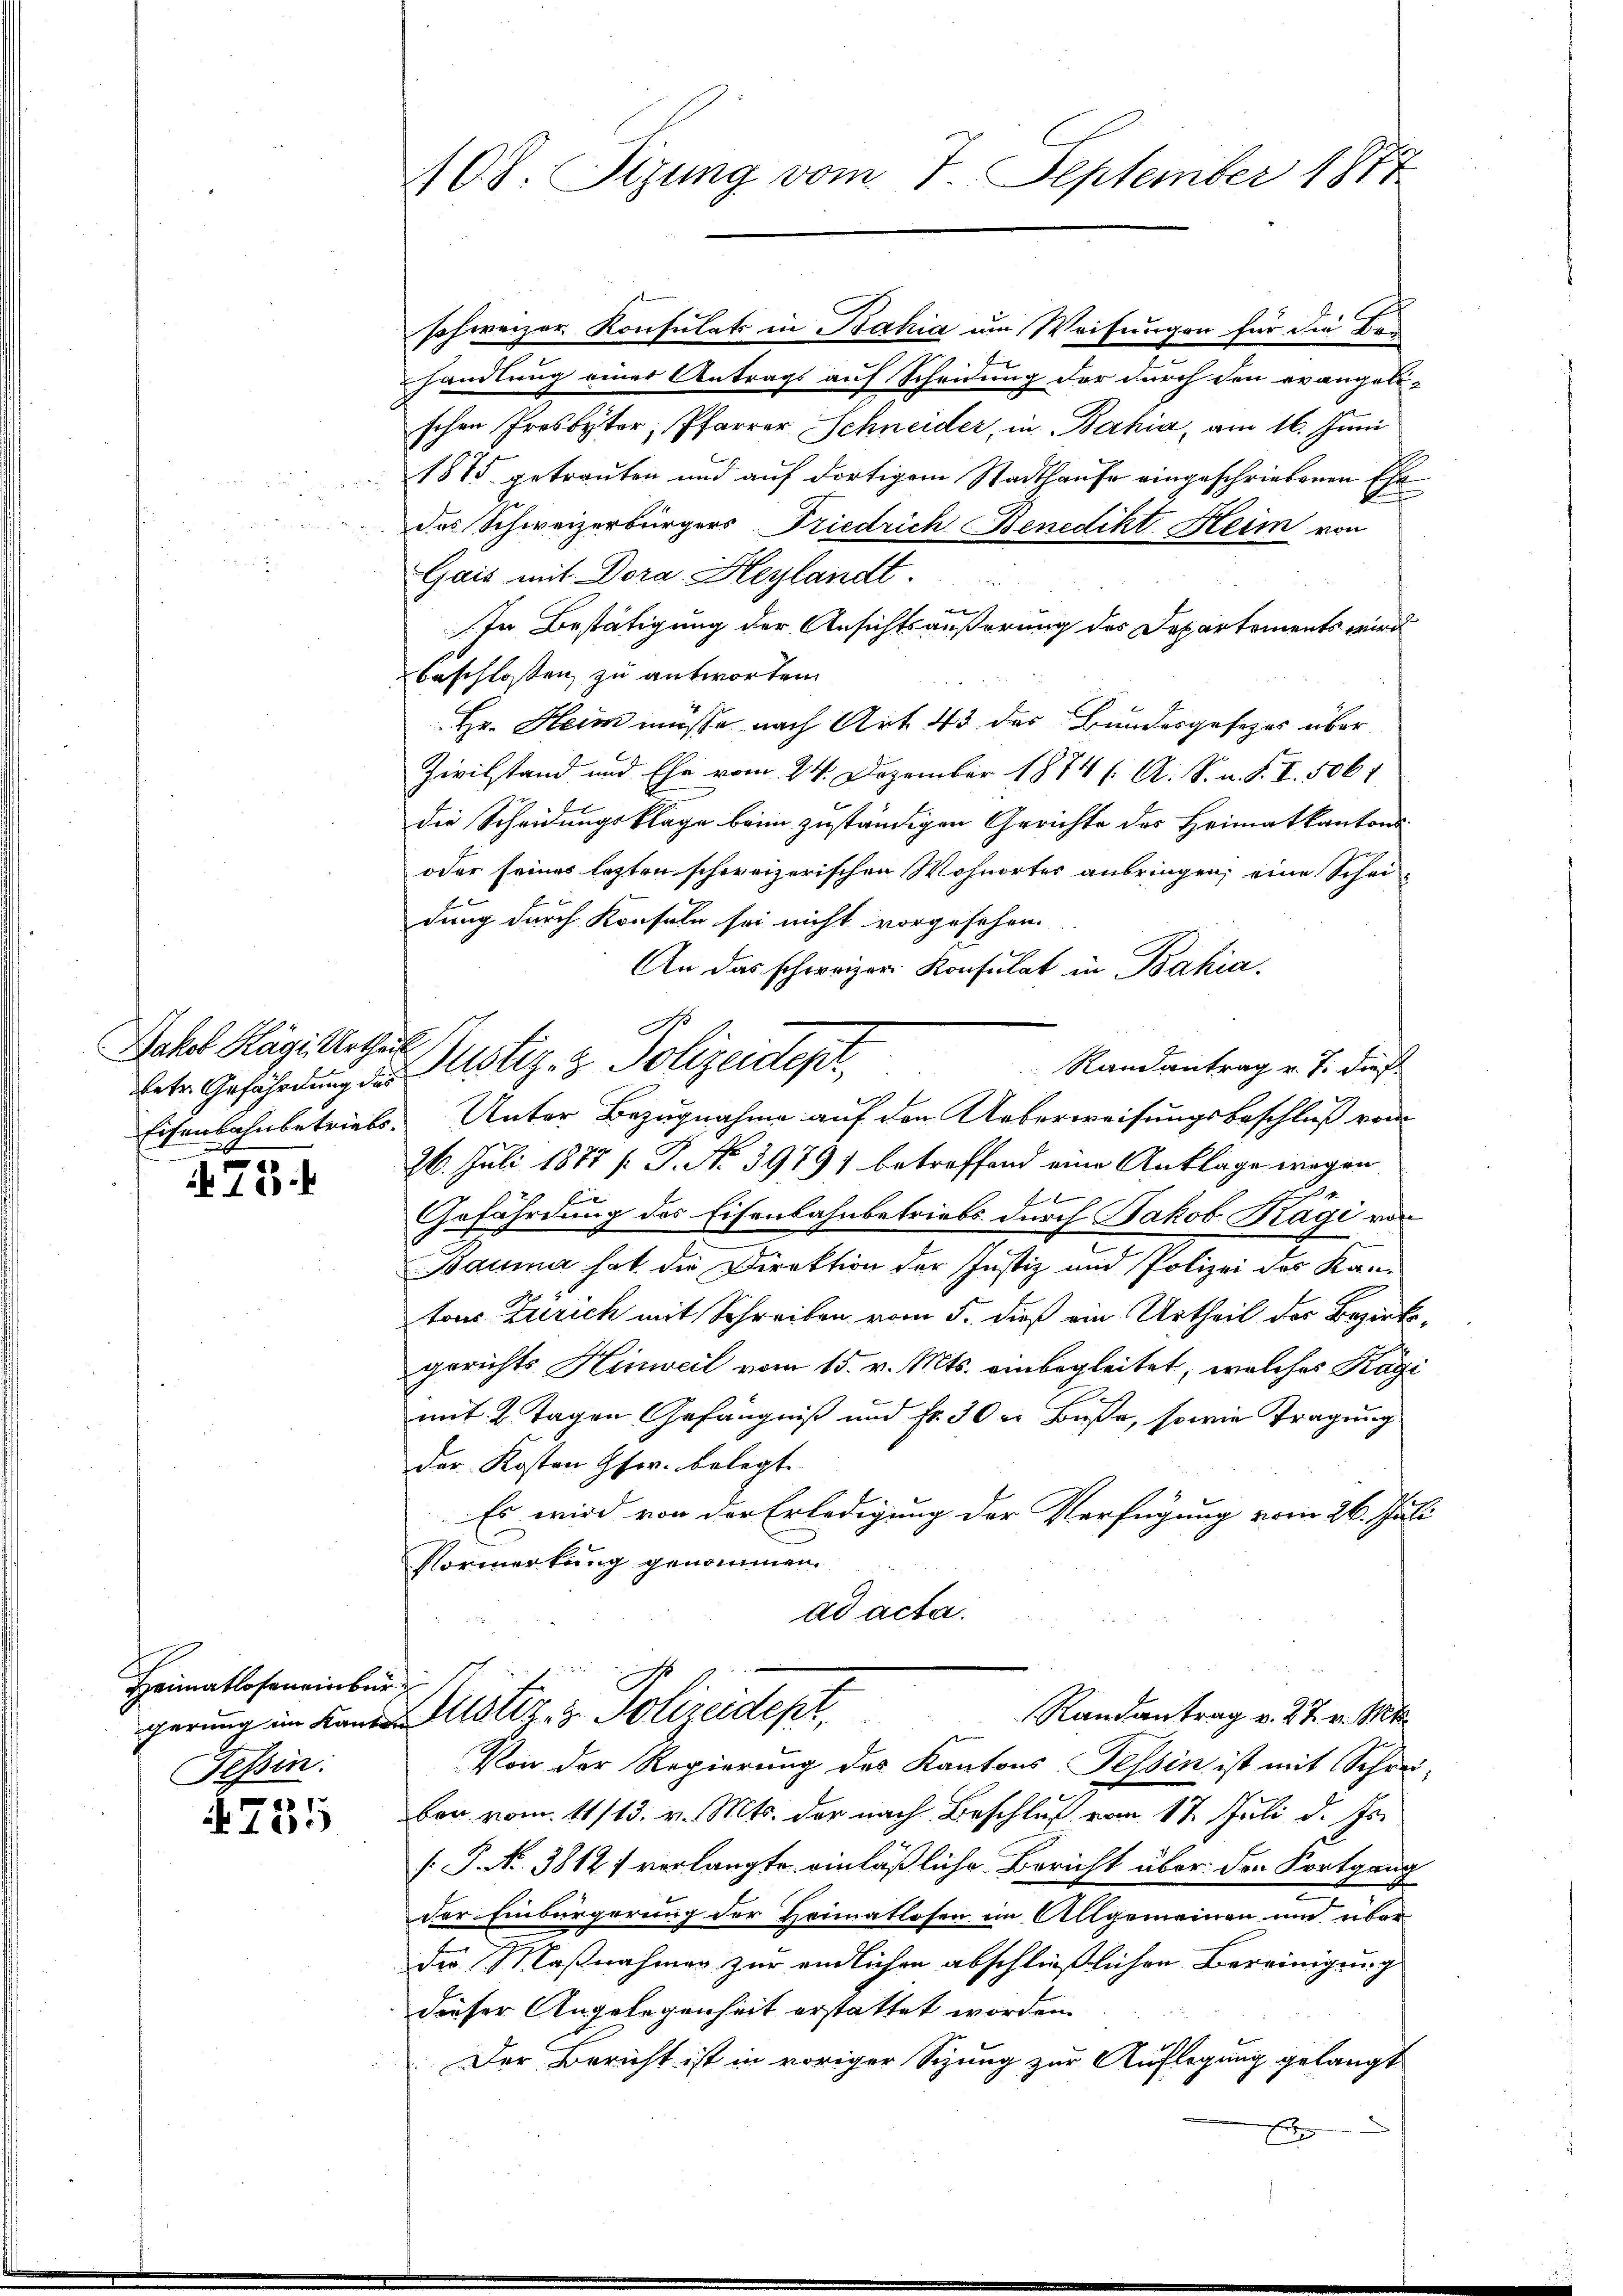
Jakob Hägi, Urtheil
betr. Gefährdung des
Eisenbahnbetriebs
.754

Heimatlosen einbür
Tessin.

21.
11:

08. Sizung vom 7. September 1877

schweizer Konsulats in Bahia um Weisungen für die Behandlung einer Antrags auf Scheidung der durch den evangele-
schen Prosbyter Pfarrer Schneider, in Bahia, am 16. Juni
1875 getrauten und auf dortigem Stadthause eingeschriebenen Ehe
das Schweizerbürgers Friedrich Benedikt Heim von
Gais mit Dora. Heylandt.
In Bestätigung der Ansichtsäußerung des Departements wird
beschlossen zu antworten.
Hr. Heim müsse nach Art. 43 des Bundesgesezes über
Zivilstand und Ehe vom 24. Dezember 1874 ( A. S. n. F. I. 5061
die Scheidungsklage beim zuständigen Gerichte des Heimatkantons¬
oder seines lezten schweizerischen Wohnortes ausringen; eine Schei-
dung durch Konsuln sei nicht vorgesehen.
An das schweizer Konsulat in Bahia.
Randantrag v. J. dies
Unter Bezugnahme auf den Ueberweisungsbeschluß vom
26. Juli 1877 (T. N. 3979) betreffend eine Anklage wegen
1
Gefährdung des Eisenbahnbetriebs durch Jakob Kägi von
Bauma hat die Direktion der Justiz und Polizei des Kantons Zürich mit Schreiben vom 5. dieß ein Urtheil des Bezirksgerichts Hinweil vom 15. v. Mts. einbegleitet, welches Kägi
mit 2 Tagen Gefängniß und Fr. 30er Buße, sowie Tragung
der Kosten Gfer. belegt.
Es wird von der Erledigung der Verfügung vom 26. Jul.
Vormerkung genommen.
ad acta.
i
Randantrag v. 27. v. Mts.
gerung im Kamer Notiz & Polizeidept.
f
Von der Regierung des Kantons Tessin ist mit Schrei-
ben vom 11/13. v. Mts. der nach Beschluß vom 17. Juli d. Js.
[J. No. 3814, verlangte einläßliche Bericht über den Fortgang
der Einbürgerung der Heimatlosen im Allgemeinen und über
der Maßnahmen zur endlichen abschließlichen Bereinigung
dieser Angelegenheit erstattet worden.
Der Bericht ist in voriger Sitzung zur Auflegung gelangt
E

D
Justiz- & Polizeidept